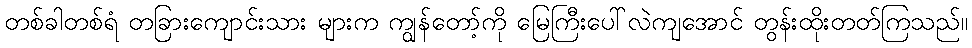
တစ်ခါတစ်ရံ တခြားကျောင်းသား များက ကျွန်တော့်ကို မြေကြီးပေါ်လဲကျအောင် တွန်းထိုးတတ်ကြသည်။